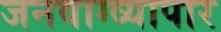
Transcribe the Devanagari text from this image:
जनवाग्व्यापार